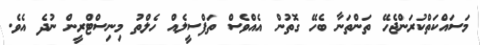
މަސައްކަތްކުރަންޖެހޭ ތަންތަނާ ބެހޭ ގޮތުން އެއްވެސް ތަފްސީލެއް ހެލްތު މިނިސްޓްރީން ނުދެ އެވެ.